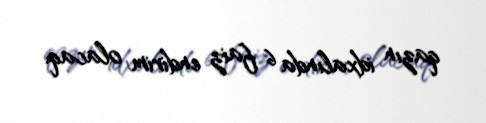
qazın idxalında 6 faiz endirim olacaq.